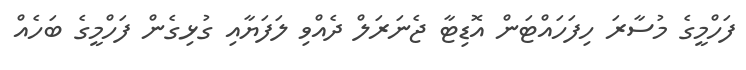
ފަހްމީގެ މުސާރަ ހިފަހައްޓަން އޮޑިޓާ ޖެނަރަލް ދެއްވި ލަފަޔާއި ގުޅިގެން ފަހްމީގެ ބަހެއް